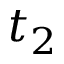
t _ { 2 }